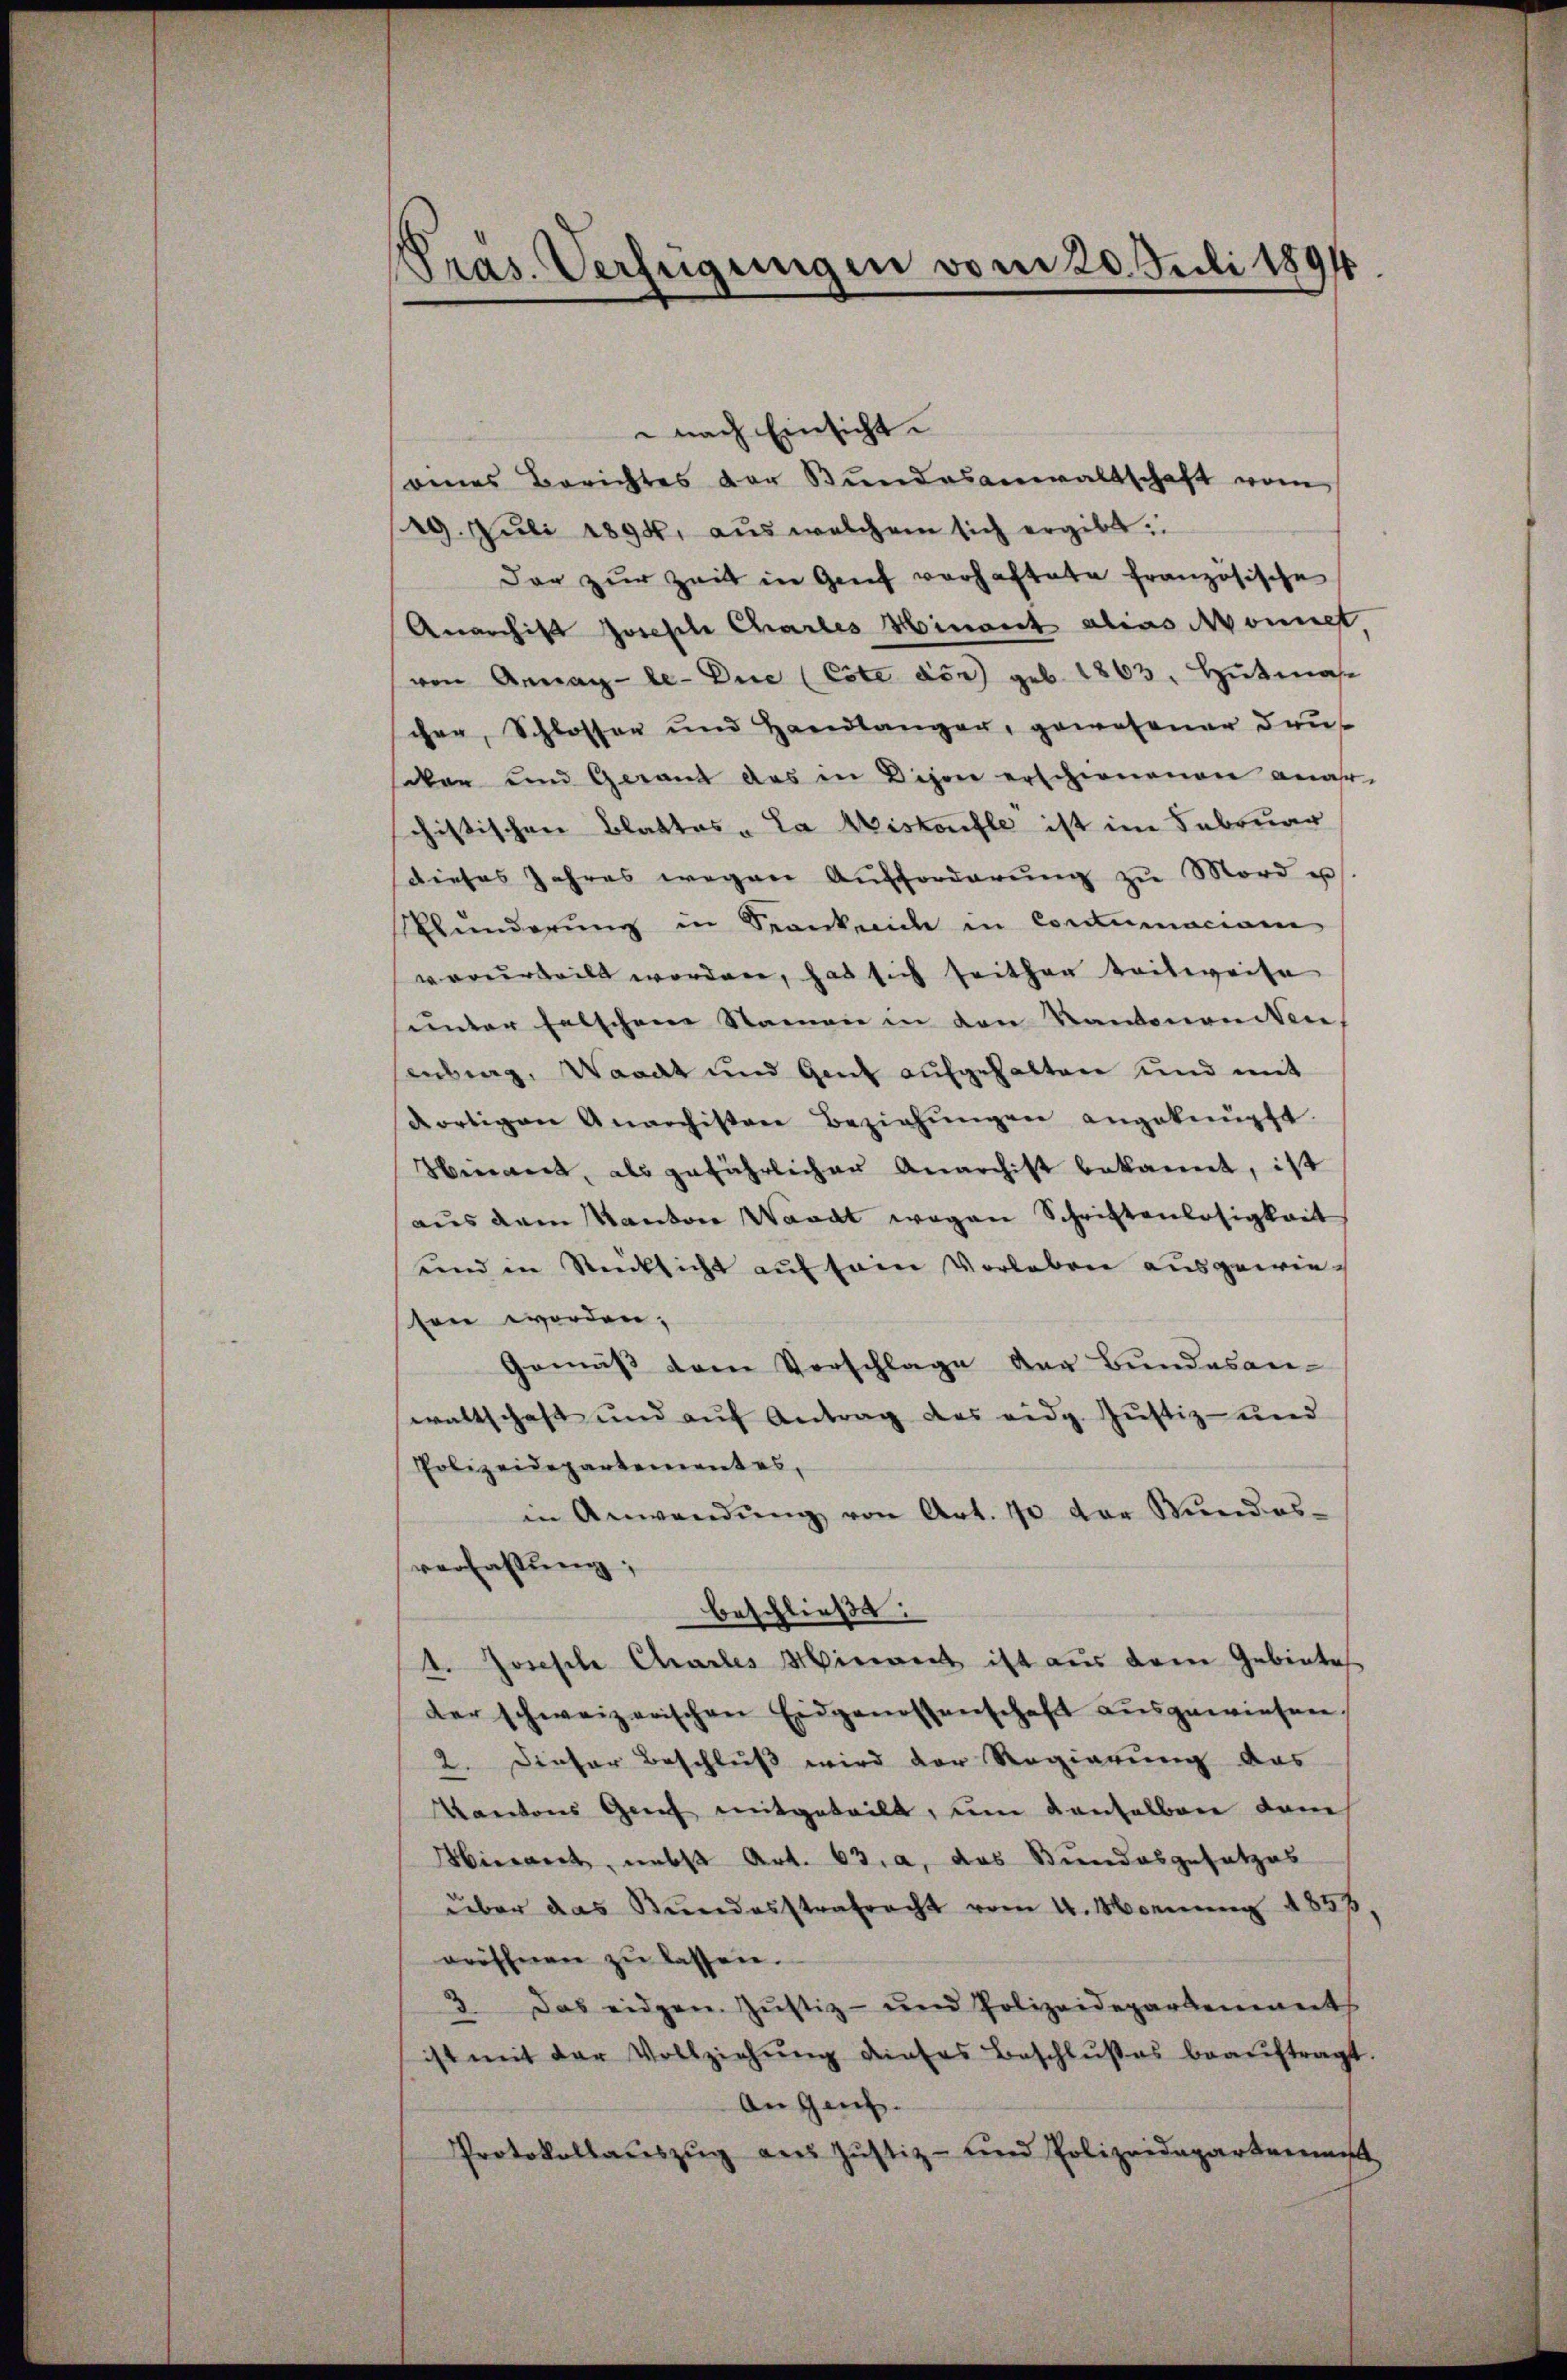
Pras. Verfügungen vom 20. Juli 1894

nach Einsicht.
eines Berichtes der Bŭndesanwaltschaft vom
29. Juli 1894. aus welchem sich ergibt.
dar zur Zeit in Genf vorhaftete französische
Anarchist Josefte Charles Minant alias Monnet
von Annag-le- Die (Cite der geb. 1863, Hutmas
schen, Schlossen und Handlanger, gewesener Baut
saken und Gerand des in Dison erschienenen anar-
chistischen Blattes „La Mistenfle ist im Februar
dieses Jahres wegen Aufforderŭng zŭ Mord u
Munderung in Seonkaide in Coccumaciam
vorurteilt worden, hat sich seithan teilweise
sunter falschene Namen in den Kantononiken
senberg, Waadt und Gant aufgehalten und mit
dortigen Anarchister Beziehŭngen angeknüpft.
Hirant, als gefährlicher Anarchist bekannt, ist
aus dem Kanton Waadt wegen Schriftenlosigkeit
und in Rücksicht auf sem Vorleben ausgewiesen worden,
Gemäß dem Vorschlage der Bundesan-
waltschaft und auf Antrag des eidg. Justiz- und
Polizeidepartement es,
in Anwendŭng von Art. 70 der Mundes-
verfassung;
beschließt:
t. Josesche Charles Miniant ist aus dem Gebietes
der schweizerischen Eidgenossenschaft aŭsgewiesen,
2. Dieser Beschluß wird der Regierung das
Kantons Genf mitgeteilt, um denselben dam
Hierarch, nebst Art. 63. a, das Bundesgesetzes
über das Bundesstrafrecht vom 4. Monnen 1853
wröhnen zŭ lassen.
3. Das eidgen. Jŭstiz- und Polizeidepartement
ist mit der Vollziehŭng dieses Beschlußes beaŭftragt
Angins.
Protokollaŭszŭg ans Justiz- und Polizeidepartenmes